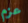
عزم